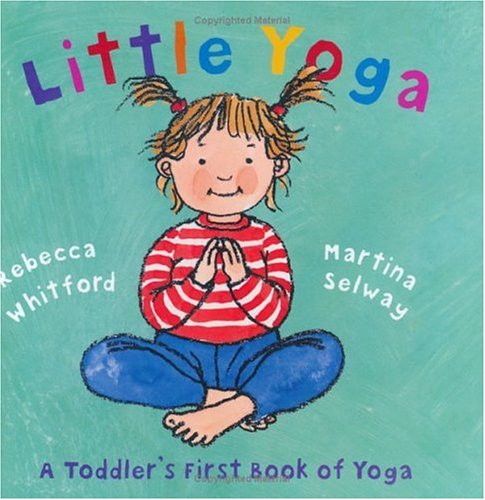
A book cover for Little Yoga: A Toddler's First Book of Yoga; Rebecca Whitford; Health, Fitness & Dieting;